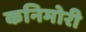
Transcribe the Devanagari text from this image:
कनिमोरी